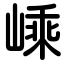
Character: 嵊